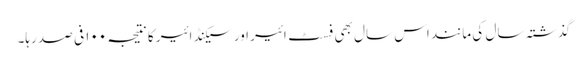
گذشتہ سال کی مانند اس سال بھی فسٹ ائیر اور سیکنڈ ائیر کا نتیجہ ۱۰۰ فی صد رہا۔